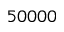
5 0 0 0 0